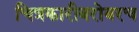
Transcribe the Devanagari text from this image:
चित्रकारीबरोबरच